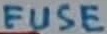
Text: FUSE